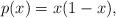
LaTeX: \begin{align*}p(x) = x(1-x),\end{align*}